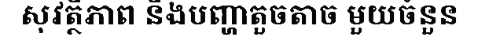
សុវត្ថិភាព និងបញ្ហាតួចតាច មួយចំនួន